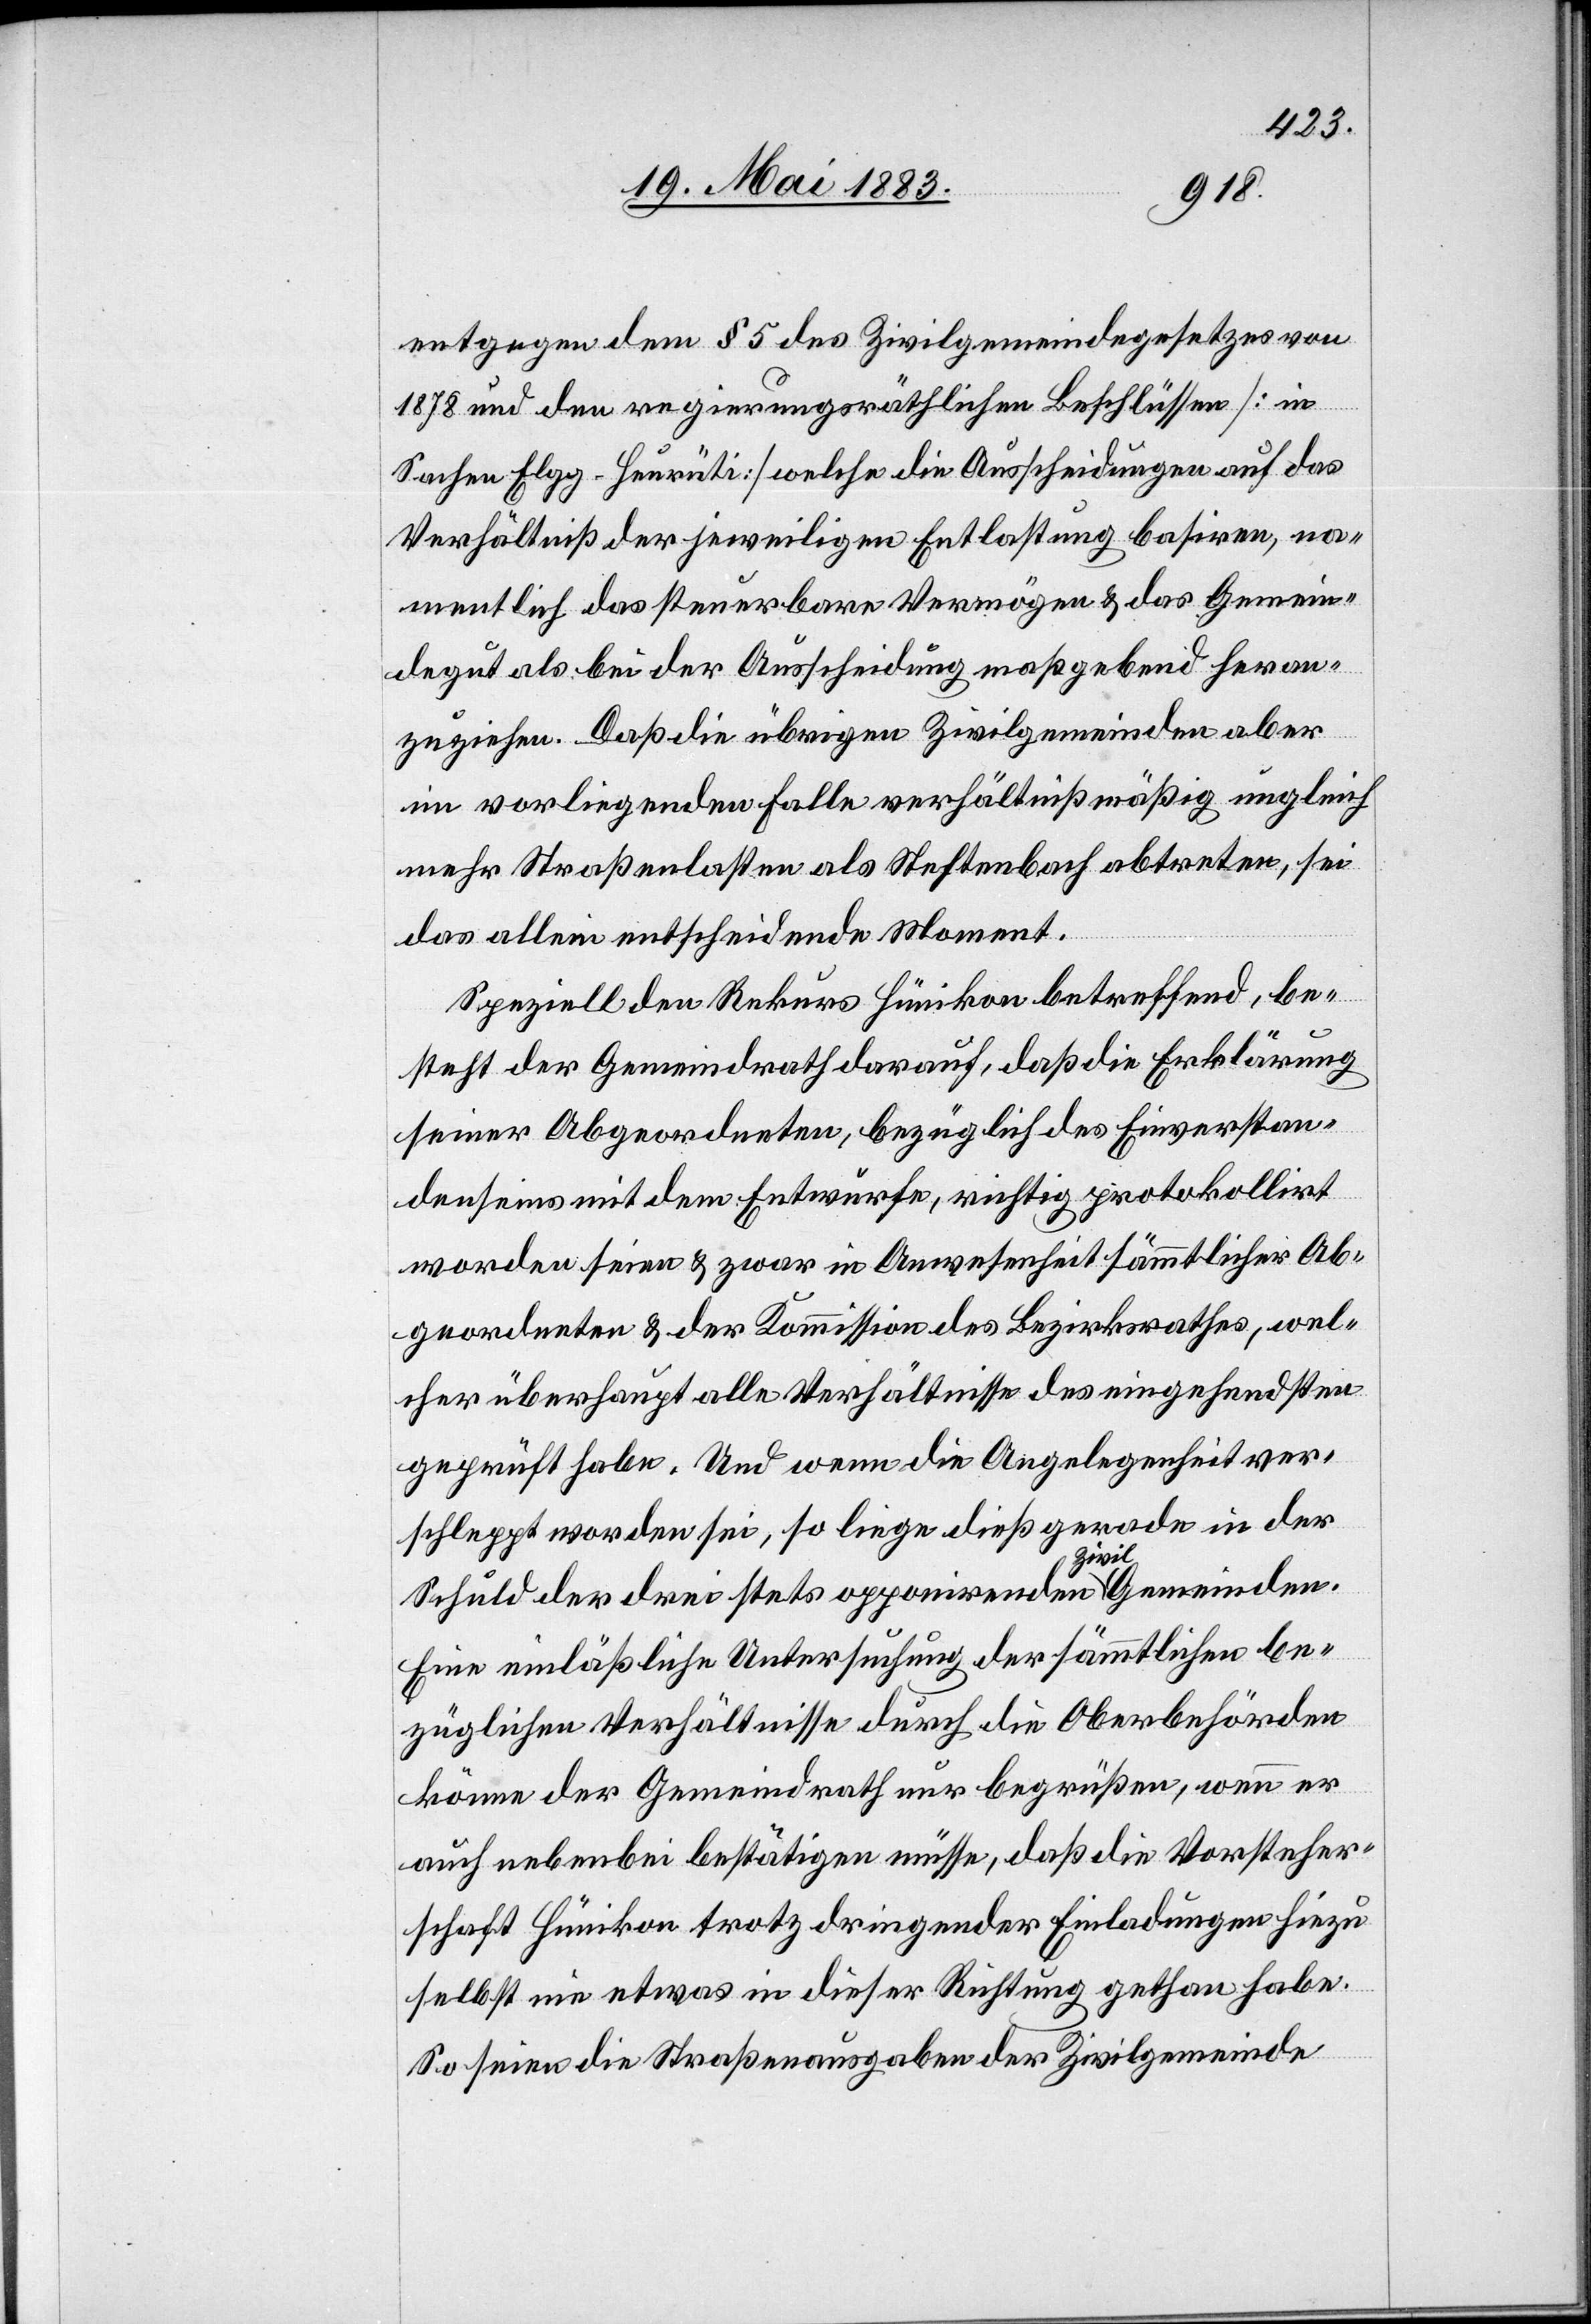
entgegen dem § 5 des Zivilgemeindegesetzes von
1878 und den regierungsräthlichen Beschlüssen [in
Sachen Elgg-Heurüti] welche die Ausscheidungen auf das
Verhältniß der jeweiligen Entlastung basiren, na¬
mentlich das steuerbare Vermögen & das Gemein¬
degut als bei der Ausscheidung maßgebend heran¬
zuziehen. Daß die übrigen Zivilgemeinden aber
im vorliegenden Falle verhältnißmäßig ungleich
mehr Straßenlasten als Neftenbach abtreten, sei
das allein entscheidende Moment.
Speziell den Rekurs Hünikon betreffend, be¬
steht der Gemeindrath darauf, daß die Erklärung
seiner Abgeordneten, bezüglich des Einverstan¬
denseins mit dem Entwurfe, richtig protokollirt
worden seien & zwar in Anwesenheit sämmtlicher Ab¬
geordneten & der Kommission des Bezirksrathes, wel¬
cher überhaupt alle Verhältnisse des eingehendsten
geprüft habe. Und wenn die Angelegenheit ver¬
schleppt worden sei, so liege dieß gerade in der
Schuld der drei stets opponirenden Zivilgemeinden.
Eine einläßliche Untersuchung der sämmtlichen be¬
züglichen Verhältnisse durch die Oberbehörden
könne der Gemeindrath nur begrüßen, wenn er
auch nebenbei bestätigen müsse, daß die Vorsteher¬
schaft Hünikon trotz dringender Einladungen hiezu
selbst nie etwas in dieser Richtung gethan habe.
So seien die Straßenausgaben der Zivilgemeinde